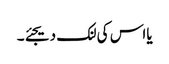
یااس کی لنک دیجئے۔